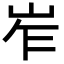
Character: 岝